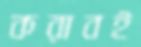
করাবই